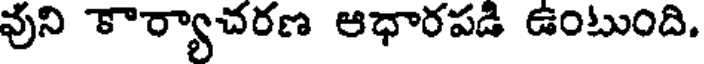
వుని కార్యాచరణ ఆధారపడి ఉంటుంది.